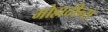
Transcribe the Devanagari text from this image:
मोह्मदीन्स